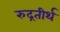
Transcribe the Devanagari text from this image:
रुद्रतीर्थ